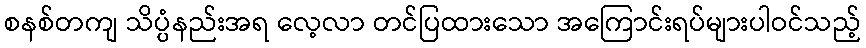
စနစ်တကျ သိပ္ပံနည်းအရ လေ့လာ တင်ပြထားသော အကြောင်းရပ်များပါဝင်သည့်